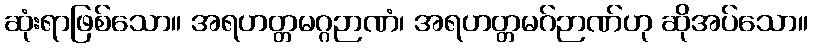
ဆုံးရာဖြစ်သော။ အရဟတ္တမဂ္ဂဉာဏံ၊ အရဟတ္တမဂ်ဉာဏ်ဟု ဆိုအပ်သော။